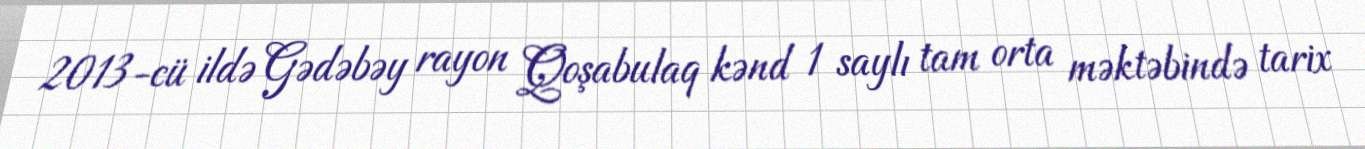
2013-cü ildə Gədəbəy rayon Qoşabulaq kənd 1 saylı tam orta məktəbində tarix